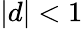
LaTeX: \vert d\vert<1